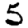
Digit: 5